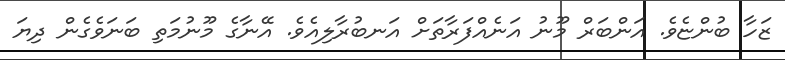
ޒަހާ ބުންޏެވެ. އަންބަރް މޫނު އަނެއްފަރާތަށް އަނބުރާލިއެވެ. އޭނާގެ މޫނުމަތި ބަނަވެގެން ދިޔަ